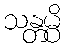
သန္တမ္ပိ